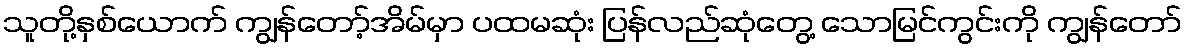
သူတို့နှစ်ယောက် ကျွန်တော့်အိမ်မှာ ပထမဆုံး ပြန်လည်ဆုံတွေ့ သောမြင်ကွင်းကို ကျွန်တော်